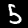
Digit: 5